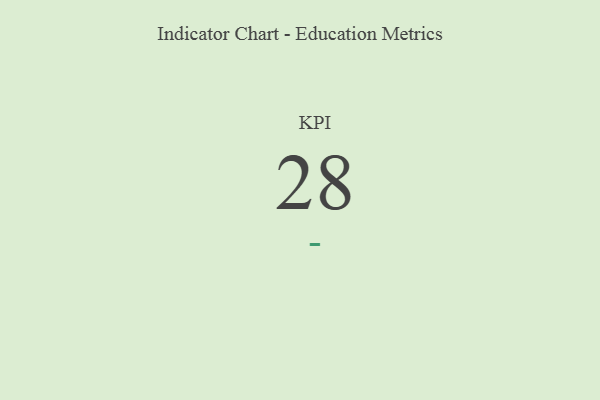
{"axis": {"x": "KPI", "y": "Value"}, "legend": [""], "data": [{"x": "KPI", "y": 28, "type": ""}]}